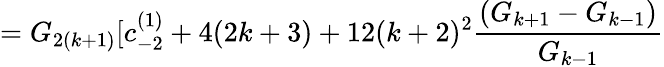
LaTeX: =G_{2(k+1)}[c_{-2}^{(1)}+4(2k+3)+12(k+2)^{2}\frac{(G_{k+1}-G_{k-1})}{G_{k-1}}